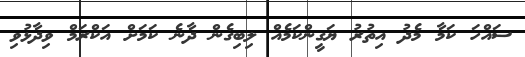
ސައްހަ ކަމާ މެދު އިތުރު ޔަގީންކަމެއް ލިބިގެން ދާނެ ކަމަށް އަކްރަމް ވިދާޅުވި